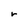
Character: r